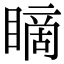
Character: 䁤